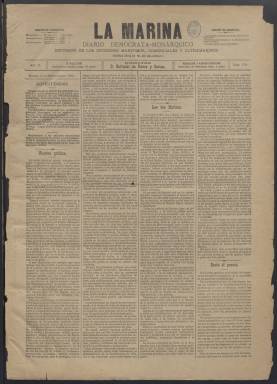
Título: La Marina (Madrid. 1883)
Colección: Periódicos
Ámbito geográfico: Madrid
Lugar de publicación: Madrid
Fechas: 03/09/1883-10/05/1891